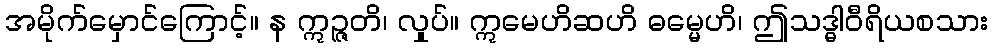
အမိုက်မှောင်ကြောင့်။ န ဣဉ္ဇတိ၊ လှုပ်။ ဣမေဟိဆဟိ ဓမ္မေဟိ၊ ဤသဒ္ဓါဝီရိယစသား